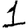
Digit: 1